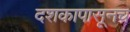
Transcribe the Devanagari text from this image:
दशकापासूनच